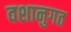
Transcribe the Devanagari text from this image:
वशानुगत